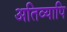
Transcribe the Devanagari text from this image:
अतिव्यापि